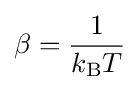
\beta ={\frac {1}{k_{\mathrm {B} }T}}